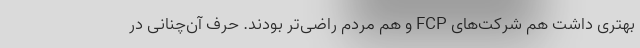
بهتری داشت هم شرکت‌های FCP و هم مردم راضی‌تر بودند. حرف آن‌چنانی در